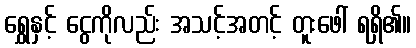
ရွှေနှင့် ငွေကိုလည်း အသင့်အတင့် တူးဖေါ် ရရှိ၏။